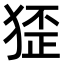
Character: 𤟷